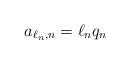
LaTeX: \begin{align*}a_{\ell_n,n} = \ell_n q_n\end{align*}